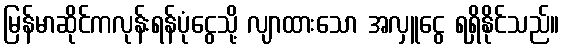
မြန်မာဆိုင်ကလုန်းရန်ပုံငွေသို့ လျာထားသော အလှူငွေ ရရှိနိုင်သည်။